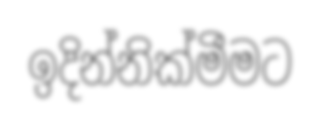
ඉදින්නික්මීමට